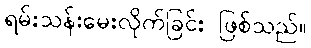
ရမ်းသန်းမေးလိုက်ခြင်း ဖြစ်သည်။